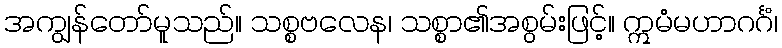
အကျွန်တော်မူသည်။ သစ္စဗလေန၊ သစ္စာ၏အစွမ်းဖြင့်။ ဣမံမဟာဂင်္ဂံ၊